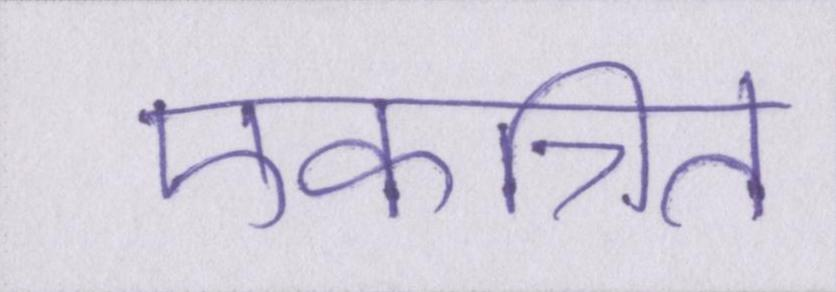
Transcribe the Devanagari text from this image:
एकत्रित